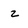
Character: z